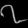
Digit: ၇